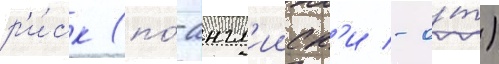
р'и́ск (по́-англ'ииск'и - о́т)